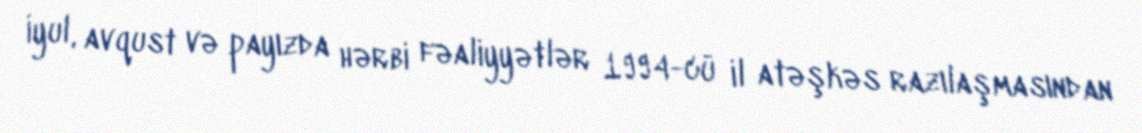
İyul, avqust və payızda hərbi fəaliyyətlər 1994-cü il atəşkəs razılaşmasından